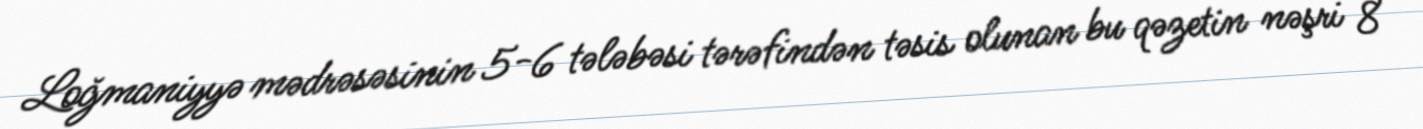
Loğmaniyyə mədrəsəsinin 5-6 tələbəsi tərəfindən təsis olunan bu qəzetin nəşri 8